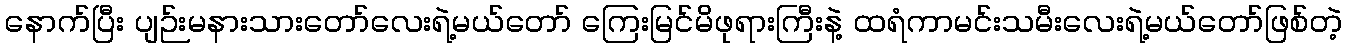
နောက်ပြီး ပျဉ်းမနားသားတော်လေးရဲ့မယ်တော် ကြေးမြင်မိဖုရားကြီးနဲ့ ထရံကာမင်းသမီးလေးရဲ့မယ်တော်ဖြစ်တဲ့